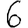
Digit: 6